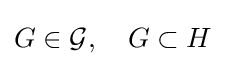
G\in {\mathcal {G}},\quad G\subset H